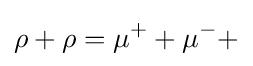
\rho +\rho =\mu ^{+}+\mu ^{-}+